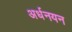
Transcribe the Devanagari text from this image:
अर्धनयन